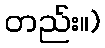
တည်း။)